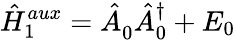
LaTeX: \hat{H}_{1}^{aux}=\hat{A}_{0}^{\phantom{\dagger}}\hat{A}_{0}^{\dagger}+E_{0}